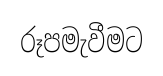
රූපමැවීමට